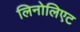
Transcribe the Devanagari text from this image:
लिनोलिएट